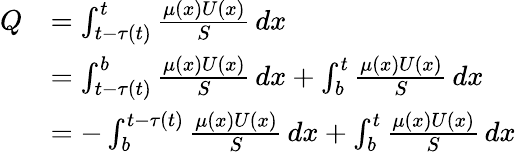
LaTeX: \begin{array}{rl}{Q}&{=\int_{t-\tau(t)}^{t}\frac{\mu(x)U(x)}{S}\, dx}\\ &{=\int_{t-\tau(t)}^{b}\frac{\mu(x)U(x)}{S}\, dx+\int_{b}^{t}\frac{\mu(x)U(x)}{S}\, dx}\\ &{=-\int_{b}^{t-\tau(t)}\frac{\mu(x)U(x)}{S}\, dx+\int_{b}^{t}\frac{\mu(x)U(x)}{S}\, dx}\end{array}